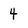
Character: 4